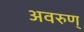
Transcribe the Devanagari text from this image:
अवरुण्